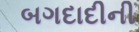
બગદાદીની